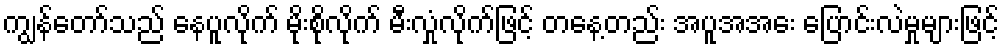
ကျွန်တော်သည် နေပူလိုက် မိုးစိုလိုက် မီးလှုံလိုက်ဖြင့် တနေ့တည်း အပူအအေး ပြောင်းလဲမှုများဖြင့်